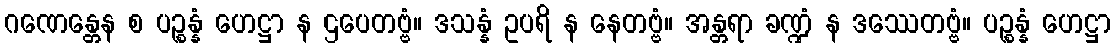
ဂဏေန္တေန စ ပဉ္စန္နံ ဟေဋ္ဌာ န ဌပေတဗ္ဗံ။ ဒသန္နံ ဥပရိ န နေတဗ္ဗံ။ အန္တရာ ခဏ္ဍံ န ဒဿေတဗ္ဗံ။ ပဉ္စန္နံ ဟေဋ္ဌာ